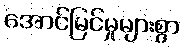
အောင်မြင်မှုများစွာ